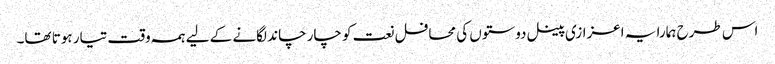
اس طرح ہمارا یہ اعزازی پینل دوستوں کی محافل نعت کو چار چاند لگانے کے لیے ہمہ وقت تیار ہوتا تھا۔